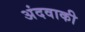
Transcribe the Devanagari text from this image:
अंदवाकी